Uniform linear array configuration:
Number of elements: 24
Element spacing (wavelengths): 0.25
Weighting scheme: uniform
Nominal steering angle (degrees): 30
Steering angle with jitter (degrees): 31.839
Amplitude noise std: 0.05
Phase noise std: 0.05

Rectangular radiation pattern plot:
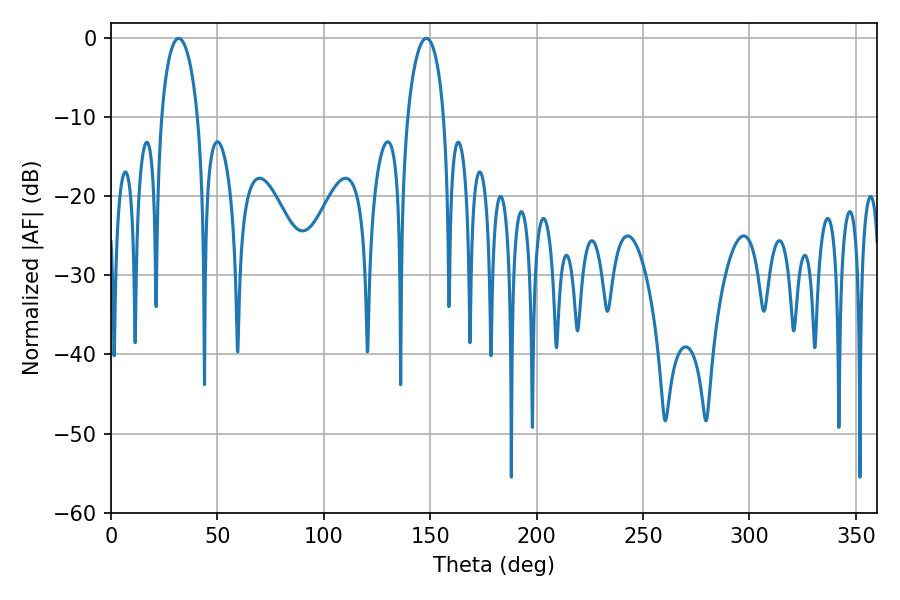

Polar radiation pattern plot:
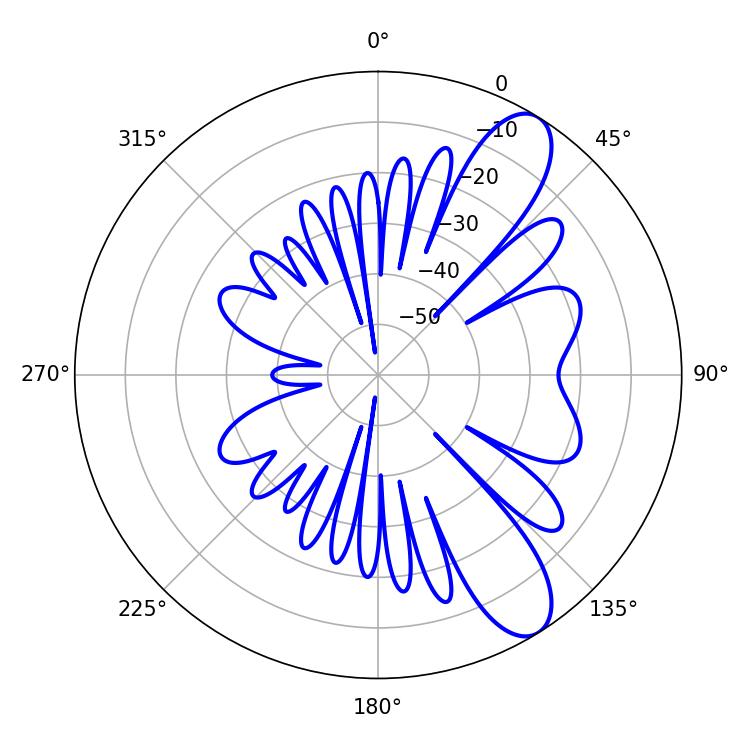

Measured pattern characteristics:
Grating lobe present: FALSE
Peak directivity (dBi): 9.838
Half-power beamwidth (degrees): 9.9
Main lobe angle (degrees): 31.86